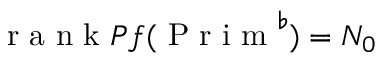
\mathrm { ~ r ~ a ~ n ~ k ~ } P f ( \mathrm { ~ P ~ r ~ i ~ m ~ } ^ { \flat } ) = N _ { 0 }